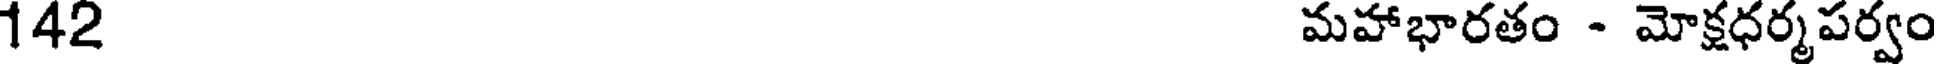
142 మహాభారతం - మోక్షధర్మపర్వం